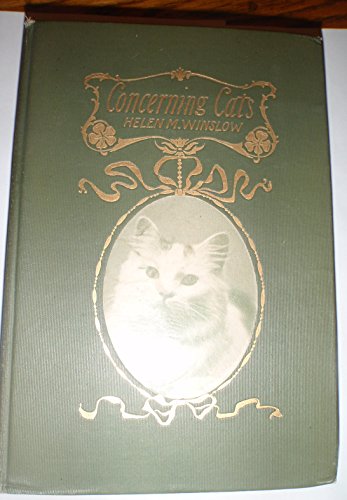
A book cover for Concerning Cats; Helen M. Winslow; Politics & Social Sciences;